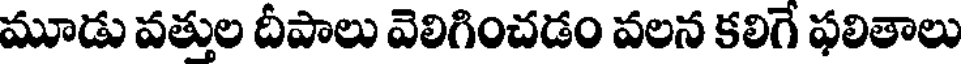
మూడు వత్తుల దీపాలు వెలిగించడం వలన కలిగే ఫలితాలు